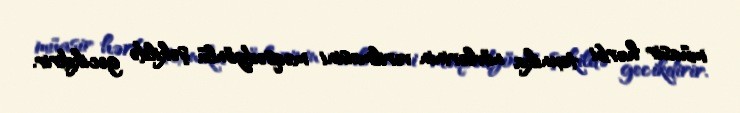
müasir hərbi texnika növlərinin verilməsini məqsədyönlü şəkildə gecikdirir.